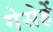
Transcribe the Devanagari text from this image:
गेसेहें